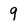
Character: 9